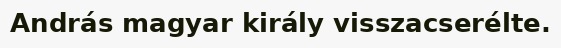
András magyar király visszacserélte.